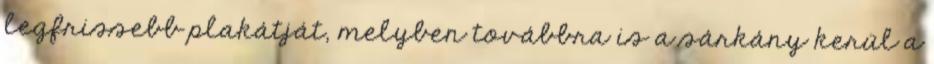
legfrissebb plakátját, melyben továbbra is a sárkány kerül a